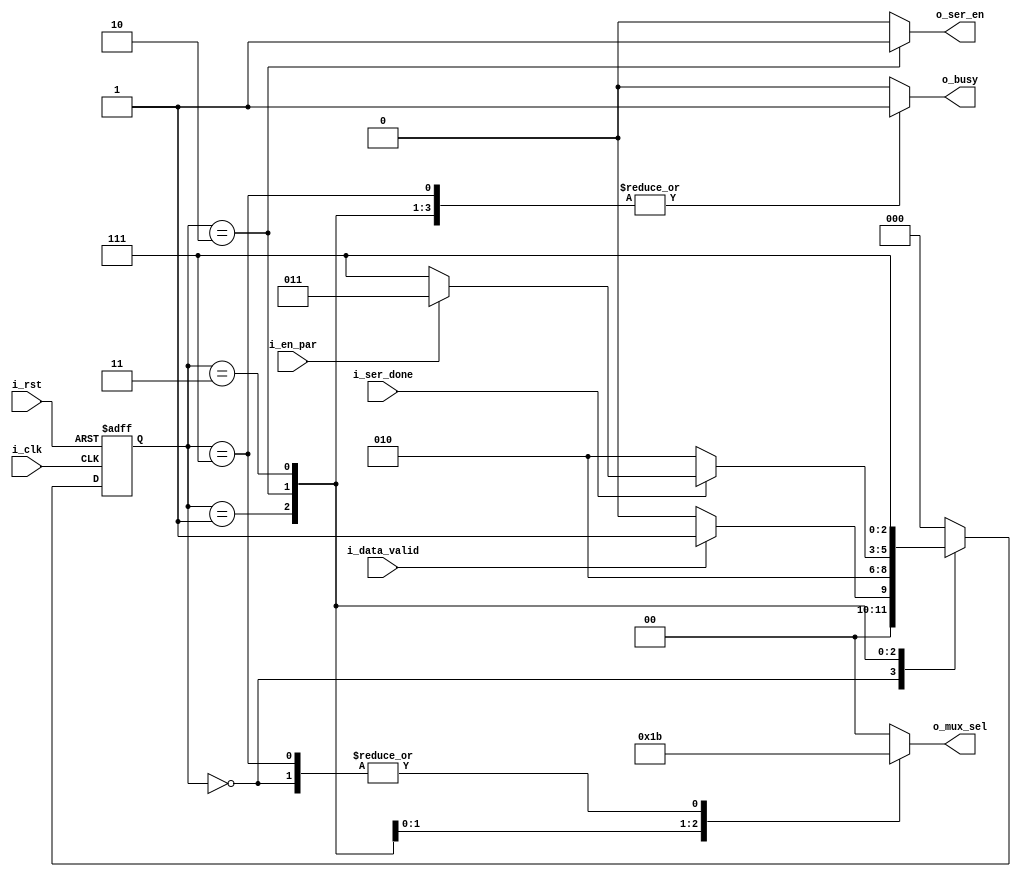
module tx_ctrl(
    input wire i_clk , i_rst , i_data_valid, i_en_par, i_ser_done,
    output reg o_busy , o_ser_en,
    output reg [1:0] o_mux_sel
);


localparam  IDLE            = 3'b000, 
            START           = 3'b001,
            SER_BYTE        = 3'b010, 
            PAR             = 3'b011,
            STOP            = 3'b111;


reg [2 : 0] current_state , next_state;


always @(posedge i_clk or negedge i_rst)
    begin
        if(~i_rst)
            begin
                current_state <= IDLE;
            end 
        else 
            begin
                current_state <= next_state;
            end 
    end 


// Next State Logic 

    always @(*)
        begin
            case (current_state)
                IDLE        : next_state <= (i_data_valid)? START : IDLE;
                START       : next_state <= SER_BYTE;
                SER_BYTE    : 
                        begin
                            if(!i_ser_done)
                                next_state <= SER_BYTE;
                            else
                                next_state <= (i_en_par)?PAR:STOP;
                                
                        end
                PAR         : next_state <= STOP;
                STOP        : next_state <= IDLE; 

                default     : next_state <= IDLE;
                
            endcase 
        end 


// State Output 

    always @(*)
        begin
            case (current_state)
                IDLE:
                    begin
                        o_ser_en    <= 1'b0;
                        o_busy      <= 1'b0;
                        o_mux_sel   <= 2'b11;
                    end
                START:
                    begin
                        o_ser_en    <= 1'b0;
                        o_busy      <= 1'b1;
                        o_mux_sel   <= 2'b00;
                    end
                SER_BYTE:
                    begin
                        o_ser_en    <= 1'b1;
                        o_busy      <= 1'b1;
                        o_mux_sel   <= 2'b01;
                    end
                PAR:
                    begin
                        o_ser_en    <= 1'b0;
                        o_busy      <= 1'b1;
                        o_mux_sel   <= 2'b10;
                    end
                STOP:
                    begin
                        o_ser_en    <= 1'b0;
                        o_busy      <= 1'b1;
                        o_mux_sel   <= 2'b11;
                    end
                default:
                    begin
                        o_ser_en    <= 1'b0;
                        o_busy      <= 1'b0;
                        o_mux_sel   <= 2'b0;
                    end 
            endcase 
        end 

endmodule